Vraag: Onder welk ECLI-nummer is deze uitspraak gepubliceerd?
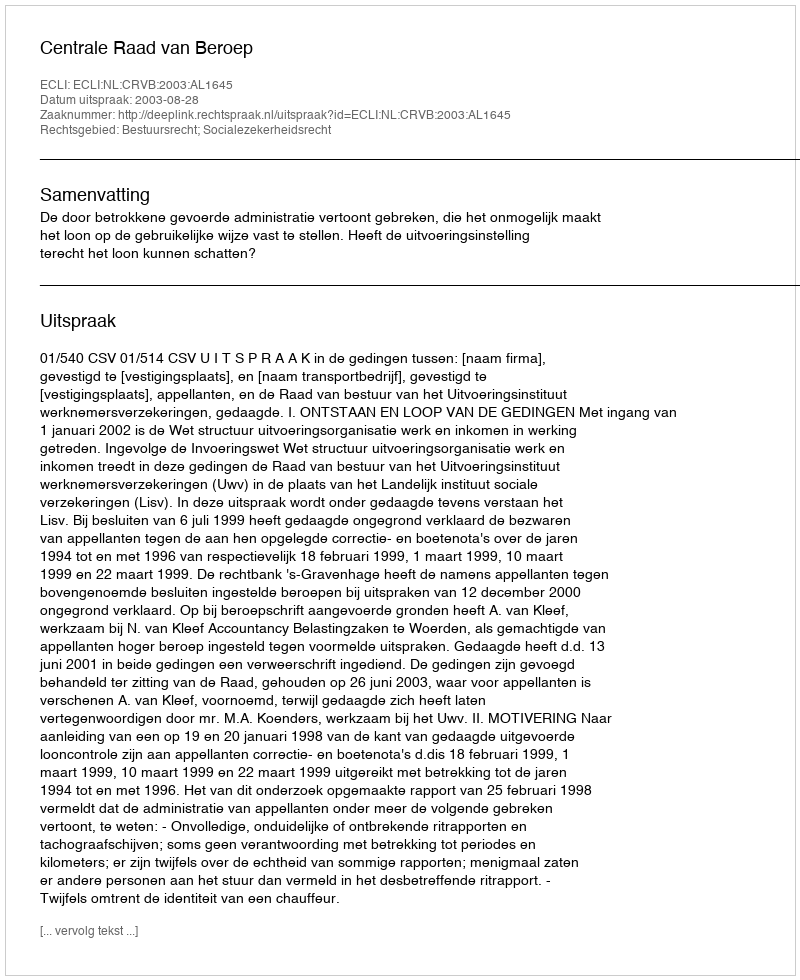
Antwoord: ECLI:NL:CRVB:2003:AL1645